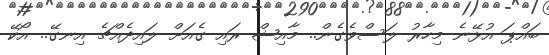
ބައްޕަ އުޅޭނެ މިހާރު ލަސްވެގެން.. މާއިޝް ރައި ގެއަށް ލައިދެއްޗެ އިނގޭ.. އޯކޭ